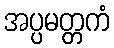
အပ္ပမတ္တကံ